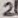
Text: 2